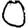
Digit: 0